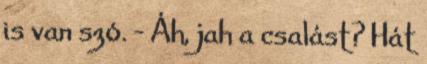
is van szó. - Áh, jah a csalást? Hát